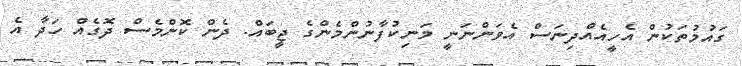
ގައުމުތަކުން އެހީއެއްދިނަސް އެވަންނަނީ މަނިކުފާނުންމެންގެ ޖީބައް. ދެން ކޮންމެސް ދޮގެއް ހަދާ އެ